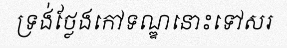
ទ្រង់ថ្លែងកៅទណ្ឌនោះទៅសរ